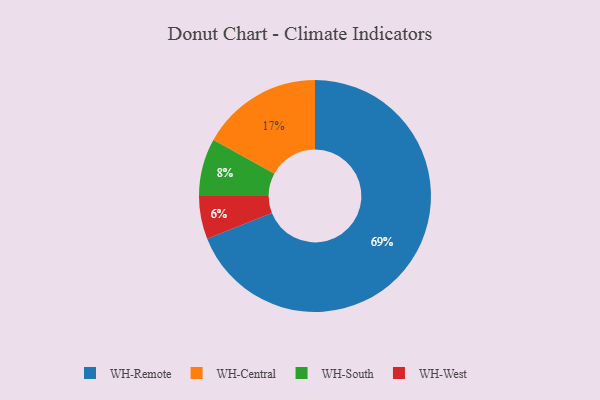
{"axis": {"x": "Category", "y": "Percentage"}, "legend": ["WH-Central", "WH-Remote", "WH-South", "WH-West"], "data": [{"x": "WH-West", "y": 6, "type": "WH-West"}, {"x": "WH-Central", "y": 17, "type": "WH-Central"}, {"x": "WH-South", "y": 8, "type": "WH-South"}, {"x": "WH-Remote", "y": 69, "type": "WH-Remote"}]}